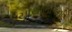
ચોથાભાગના